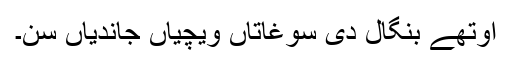
اوتھے بنگال دی سوغاتاں ویچیاں جاندیاں سن۔